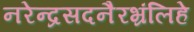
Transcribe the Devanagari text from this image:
नरेन्द्रसदनैरभ्रंलिहे